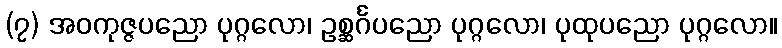
(၇) အဝကုဇ္ဇပညော ပုဂ္ဂလော၊ ဥစ္ဆင်္ဂပညော ပုဂ္ဂလော၊ ပုထုပညော ပုဂ္ဂလော။